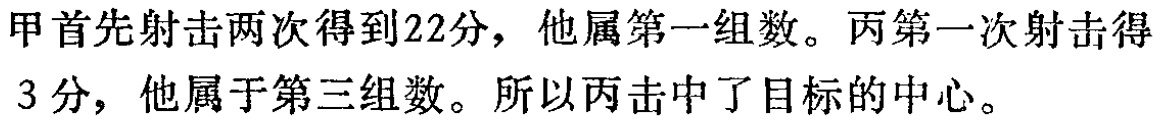
甲首先射击两次得到22分，他属第一组数。丙第一次射击得3分，他属于第三组数。所以丙击中了目标的中心。